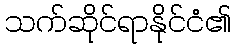
သက်ဆိုင်ရာနိုင်ငံ၏